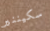
سكيننير